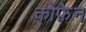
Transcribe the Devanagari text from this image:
कोफ़ेन